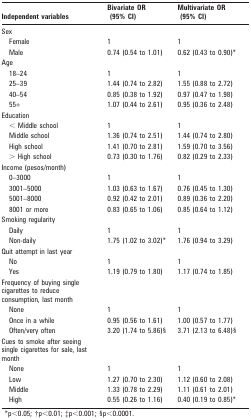
<table><thead><tr><td><b>Independent variables</b></td><td></td><td><b>Bivariate OR (95% CI)</b></td><td><b>Multivariate OR (95% CI)</b></td></tr></thead><tbody><tr><td>Sex</td><td></td><td></td><td></td></tr><tr><td>Female</td><td></td><td>1</td><td>1</td></tr><tr><td>Male</td><td></td><td>0.74 (0.54 to 1.01)</td><td>0.62 (0.43 to 0.90)*</td></tr><tr><td>Age</td><td></td><td></td><td></td></tr><tr><td>18–24</td><td></td><td>1</td><td>1</td></tr><tr><td>25–39</td><td></td><td>1.44 (0.74 to 2.82)</td><td>1.55 (0.88 to 2.72)</td></tr><tr><td>40–54</td><td></td><td>0.85 (0.38 to 1.92)</td><td>0.97 (0.47 to 1.98)</td></tr><tr><td>55+</td><td></td><td>1.07 (0.44 to 2.61)</td><td>0.95 (0.36 to 2.48)</td></tr><tr><td>Education</td><td></td><td></td><td></td></tr><tr><td>&lt; Middle school</td><td></td><td>1</td><td>1</td></tr><tr><td>Middle school</td><td></td><td>1.36 (0.74 to 2.51)</td><td>1.44 (0.74 to 2.80)</td></tr><tr><td>High school</td><td></td><td>1.41 (0.70 to 2.81)</td><td>1.59 (0.70 to 3.56)</td></tr><tr><td>&gt; High school</td><td></td><td>0.73 (0.30 to 1.76)</td><td>0.82 (0.29 to 2.33)</td></tr><tr><td>Income (pesos/month)</td><td></td><td></td><td></td></tr><tr><td>0–3000</td><td></td><td>1</td><td>1</td></tr><tr><td>3001–5000</td><td></td><td>1.03 (0.63 to 1.67)</td><td>0.76 (0.45 to 1.30)</td></tr><tr><td>5001–8000</td><td></td><td>0.92 (0.42 to 2.01)</td><td>0.89 (0.36 to 2.20)</td></tr><tr><td>8001 or more</td><td></td><td>0.83 (0.65 to 1.06)</td><td>0.85 (0.64 to 1.12)</td></tr><tr><td>Smoking regularity</td><td></td><td></td><td></td></tr><tr><td>Daily</td><td></td><td>1</td><td>1</td></tr><tr><td>Non-daily</td><td></td><td>1.75 (1.02 to 3.02)*</td><td>1.76 (0.94 to 3.29)</td></tr><tr><td>Quit attempt in last year</td><td></td><td></td><td></td></tr><tr><td>No</td><td></td><td>1</td><td>1</td></tr><tr><td>Yes</td><td></td><td>1.19 (0.79 to 1.80)</td><td>1.17 (0.74 to 1.85)</td></tr><tr><td>Frequency of buying single cigarettes to reduce consumption, last month</td><td></td><td></td><td></td></tr><tr><td>None</td><td></td><td>1</td><td>1</td></tr><tr><td>Once in a while</td><td></td><td>0.95 (0.56 to 1.61)</td><td>1.00 (0.57 to 1.77)</td></tr><tr><td>Often/very often</td><td></td><td>3.20 (1.74 to 5.86)§</td><td>3.71 (2.13 to 6.48)§</td></tr><tr><td>Cues to smoke after seeing single cigarettes for sale, last month</td><td></td><td></td><td></td></tr><tr><td>None</td><td></td><td>1</td><td>1</td></tr><tr><td>Low</td><td></td><td>1.27 (0.70 to 2.30)</td><td>1.12 (0.60 to 2.08)</td></tr><tr><td>Middle</td><td></td><td>1.33 (0.78 to 2.29)</td><td>1.11 (0.61 to 2.01)</td></tr><tr><td>High</td><td></td><td>0.55 (0.26 to 1.16)</td><td>0.40 (0.19 to 0.85)*</td></tr></tbody></table>